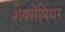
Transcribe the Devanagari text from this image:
शेक्सेपियर